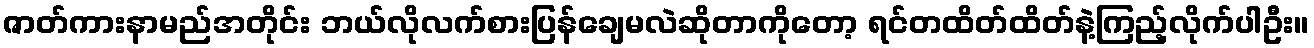
ဇာတ်ကားနာမည်အတိုင်း ဘယ်လိုလက်စားပြန်ချေမလဲဆိုတာကိုတော့ ရင်တထိတ်ထိတ်နဲ့ကြည့်လိုက်ပါဦး။